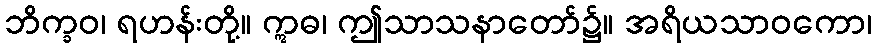
ဘိက္ခဝ၊ ရဟန်းတို့။ ဣဓ၊ ဤသာသနာတော်၌။ အရိယသာဝကော၊